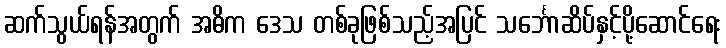
ဆက်သွယ်ရန်အတွက် အဓိက ဒေသ တစ်ခုဖြစ်သည့်အပြင် သင်္ဘောဆိပ်နှင့်ပို့ဆောင်ရေး